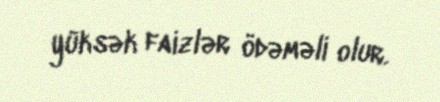
yüksək faizlər ödəməli olur.